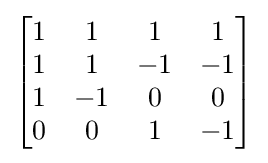
{\begin{bmatrix}1&1&1&1\\1&1&-1&-1\\1&-1&0&0\\0&0&1&-1\end{bmatrix}}